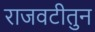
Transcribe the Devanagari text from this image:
राजवटीतुन